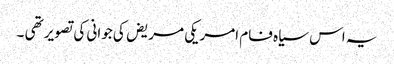
یہ اس سیاہ فام امریکی مریض کی جوانی کی تصویر تھی ۔